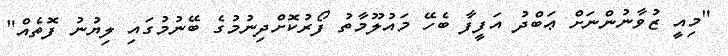
"މިއީ ޒުވާނުންނަށް ޢަބްދު އަފީފާ ބެހޭ މައުލޫމާތު ފޯރުކޮށްދިނުމުގެ ބޭނުމުގައި ލިޔުނު ފޮތެއް"